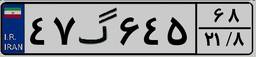
۴۷گ۶۴۵۶۸